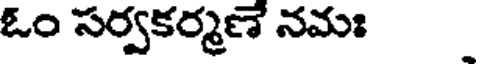
ఓం సర్వకర్మణే నమః